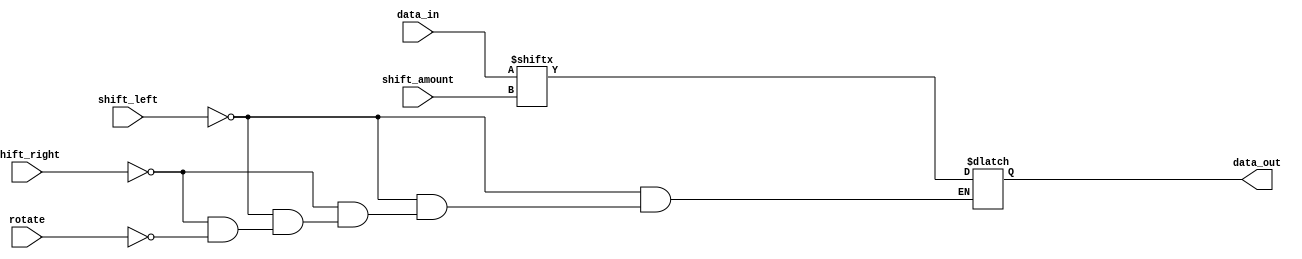
module CircularBarrelShifter(input [7:0] data_in,
                             input [2:0] shift_amount,
                             input shift_left,
                             input shift_right,
                             input rotate,
                             output reg [7:0] data_out);

  always @(*) begin
    if (shift_left) begin // Perform left shift
      data_out = {data_in[shift_amount-1:0], data_in[7:shift_amount]};
    end else if (shift_right) begin // Perform right shift
      data_out = {data_in[7-shift_amount:7], data_in[7:shift_amount]};
    end else if (rotate) begin // Perform rotate
      data_out = {data_in[7-shift_amount:7], data_in[7:shift_amount]};
    end
  end

endmodule